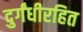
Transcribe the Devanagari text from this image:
दुर्गंधीरहित